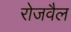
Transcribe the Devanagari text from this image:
रोजवैल